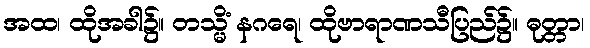
အထ၊ ထိုအခါ၌။ တသ္မိံ နဂရေ၊ ထိုဗာရာဏသီပြည်၌။ ဓုတ္တာ၊